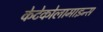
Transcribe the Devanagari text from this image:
केटेकोलामाइन्स